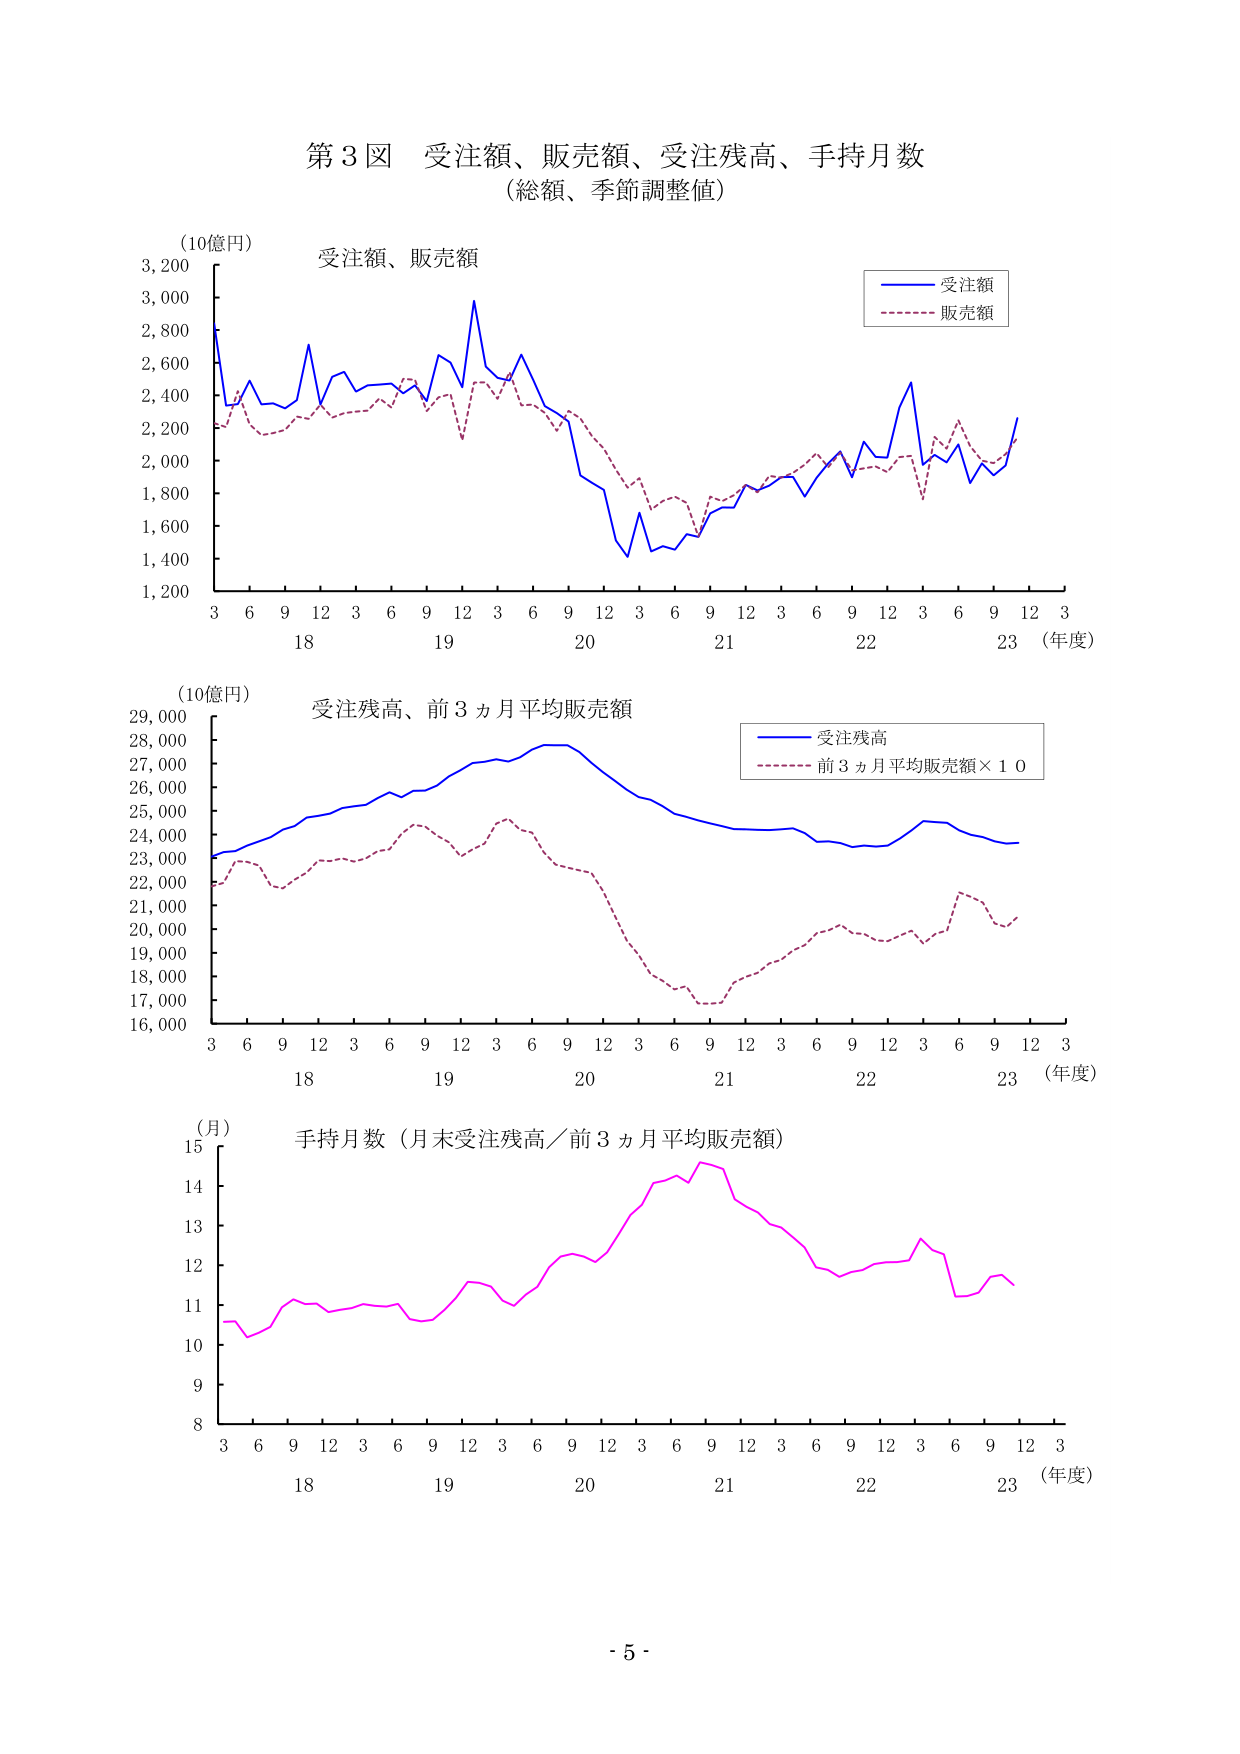
第３図 受注額、販売額、受注残高、手持月数
（総額、季節調整値）

（10億円）
受注額、販売額
（年度）
3 6 9 12 3 6 9 12 3 6 9 12 3 6 9 12 3 6 9 12 3 6 9 12 3
18 19 20 21 22 23

受注額
販売額

（10億円）
受注残高、前３ヵ月平均販売額
（年度）
3 6 9 12 3 6 9 12 3 6 9 12 3 6 9 12 3 6 9 12 3
18 19 20 21 22 23

受注残高
前３ヵ月平均販売額×10

（月）
手持月数（月末受注残高／前３ヵ月平均販売額）
（年度）
3 6 9 12 3 6 9 12 3 6 9 12 3 6 9 12 3 6 9 12 3
18 19 20 21 22 23

- 5 -